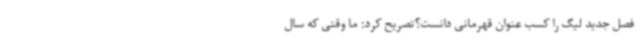
فصل جدید لیگ را کسب عنوان قهرمانی دانست؟تصریح کرد: ما وقتی که سال